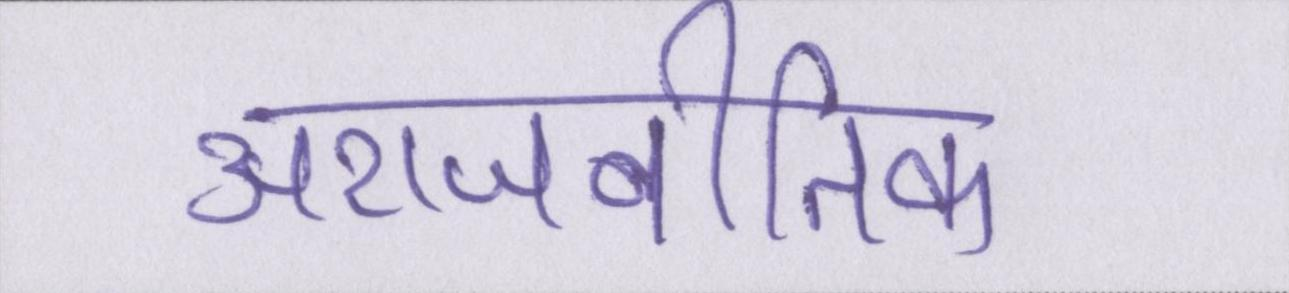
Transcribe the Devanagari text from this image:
अराजनीतिक